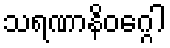
သရဏာနိဝဂ္ဂေါ